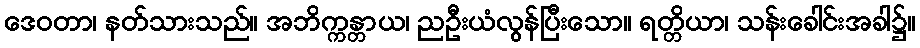
ဒေဝတာ၊ နတ်သားသည်။ အဘိက္ကန္တာယ၊ ညဦးယံလွန်ပြီးသော။ ရတ္တိယာ၊ သန်းခေါင်းအခါ၌။